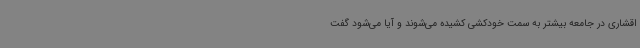
اقشاری در جامعه بیشتر به سمت خودکشی کشیده می‌شوند و آیا می‌شود گفت